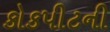
કોકપીટની